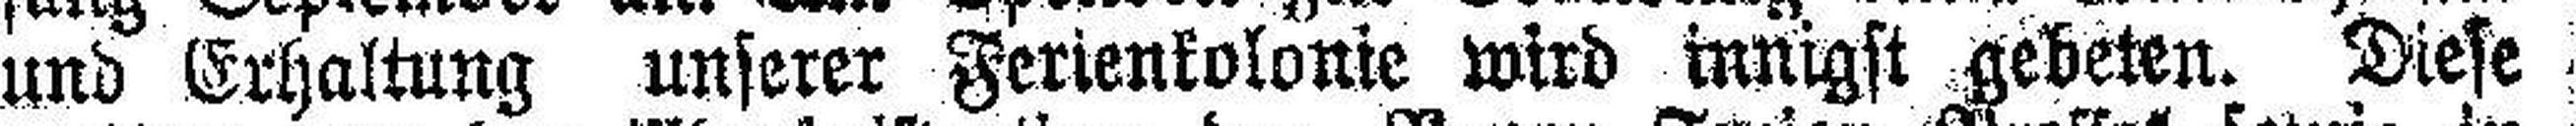
und Erhaltung unserer Ferienkolonie wird innigst gebeten. Diese